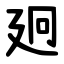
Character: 㢠